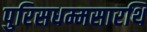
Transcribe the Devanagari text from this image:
पुरिसधम्मसारथि